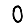
Digit: 0